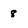
Character: 8